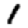
Digit: 1